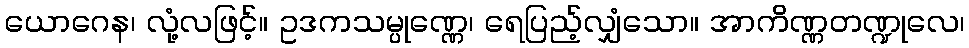
ယောဂေန၊ လုံ့လဖြင့်။ ဥဒကသမ္ပုဏ္ဏေ၊ ရေပြည့်လျှံသော။ အာကိဏ္ဏတဏ္ဍုလေ၊